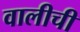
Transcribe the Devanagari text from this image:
वालीची